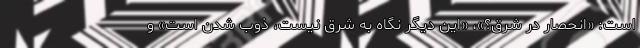
است: «انحصار در شرق؟»، «این دیگر نگاه به شرق نیست، ذوب شدن است» و